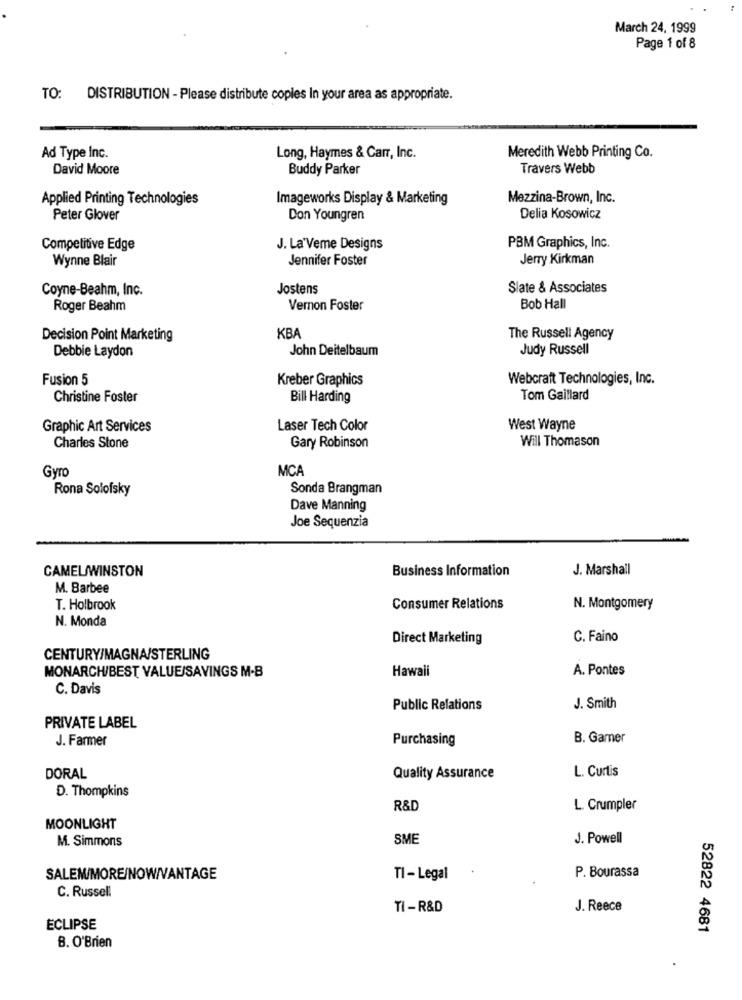
March 24, 1999
Page 1 of 8
TO: DISTRIBUTION - Please distribute copies In your area as appropriate.
Ad Type Inc.
Long, Haymes & Carr, Inc.
Meredith Webb Printing Co.
David Moore
Buddy Parker
Travers Webb
Applied Printing Technologies
Imageworks Display & Marketing
Mezzina-Brown, Inc.
Peter Glover
Don Youngren
Delia Kosowicz
Competitive Edge
J. La'Veme Designs
PBM Graphics, Inc.
Wynne Blair
Jennifer Foster
Jerry Kirkman
Coyne-Beahm, Inc.
Jostens
Slate & Associates
Roger Beahm
Vernon Foster
Bob Hall
KBA
Decision Point Marketing
The Russell Agency
John Deitelbaum
Judy Russell
Debbie Laydon
Fusion 5
Kreber Graphics
Webcraft Technologies, Inc.
Christine Foster
Bill Harding
Tom Gaillard
Graphic Art Services
Laser Tech Color
West Wayne
Will Thomason
Charles Stone
Gary Robinson
Gyro
MCA
Rona Solofsky
Sonda Brangman
Dave Manning
Joe Sequenzia
CAMEL/WINSTON
Business Information
J. Marshall
M. Barbee
T. Holbrook
Consumer Relations
N. Montgomery
N. Monda
Direct Marketing
C. Faino
CENTURY/MAGNA/STERLING
MONARCH/BEST VALUE/SAVINGS M.B
Hawaii
A. Pontes
C. Davis
Public Relations
J. Smith
PRIVATE LABEL
J. Farmer
Purchasing
B. Gamer
L. Curtis
DORAL
Quality Assurance
D. Thompkins
R&D
L. Crumpler
MOONLIGHT
M. Simmons
SME
J. Powell
P. Bourassa
SALEM/MORE/NOW/VANTAGE
TI - Legal
C. Russell
TI -R&D
J. Reece
ECLIPSE
52822 4681
B. O'Brien